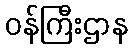
ဝန်ကြီးဌာန